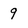
Character: 9